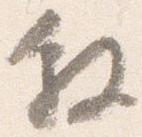
叙